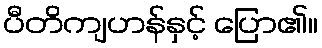
ပီတိကျဟန်နှင့် ပြော၏။